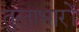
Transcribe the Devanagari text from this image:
तुलाभारों